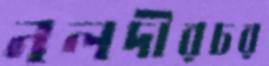
নলদীরচর